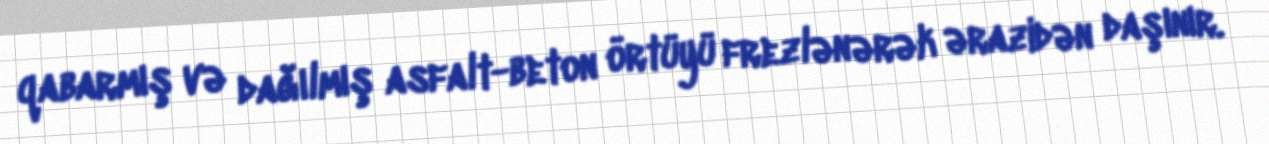
qabarmış və dağılmış asfalt-beton örtüyü frezlənərək ərazidən daşınır.